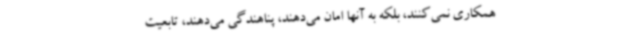
همکاری نمی‌کنند، بلکه به آنها امان می‌دهند، پناهندگی می‌دهند، تابعیت